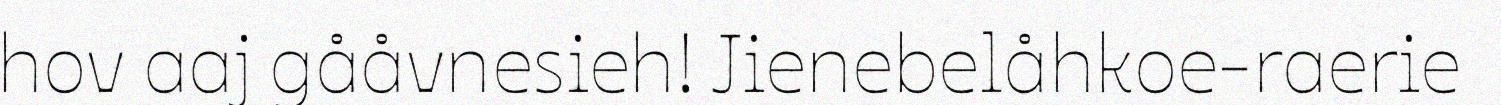
hov aaj gååvnesieh! Jienebelåhkoe-raerie